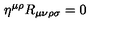
\eta ^ { \mu \rho } R _ { \mu \nu \rho \sigma } = 0